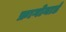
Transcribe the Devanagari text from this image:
फ्रागोनार्ड